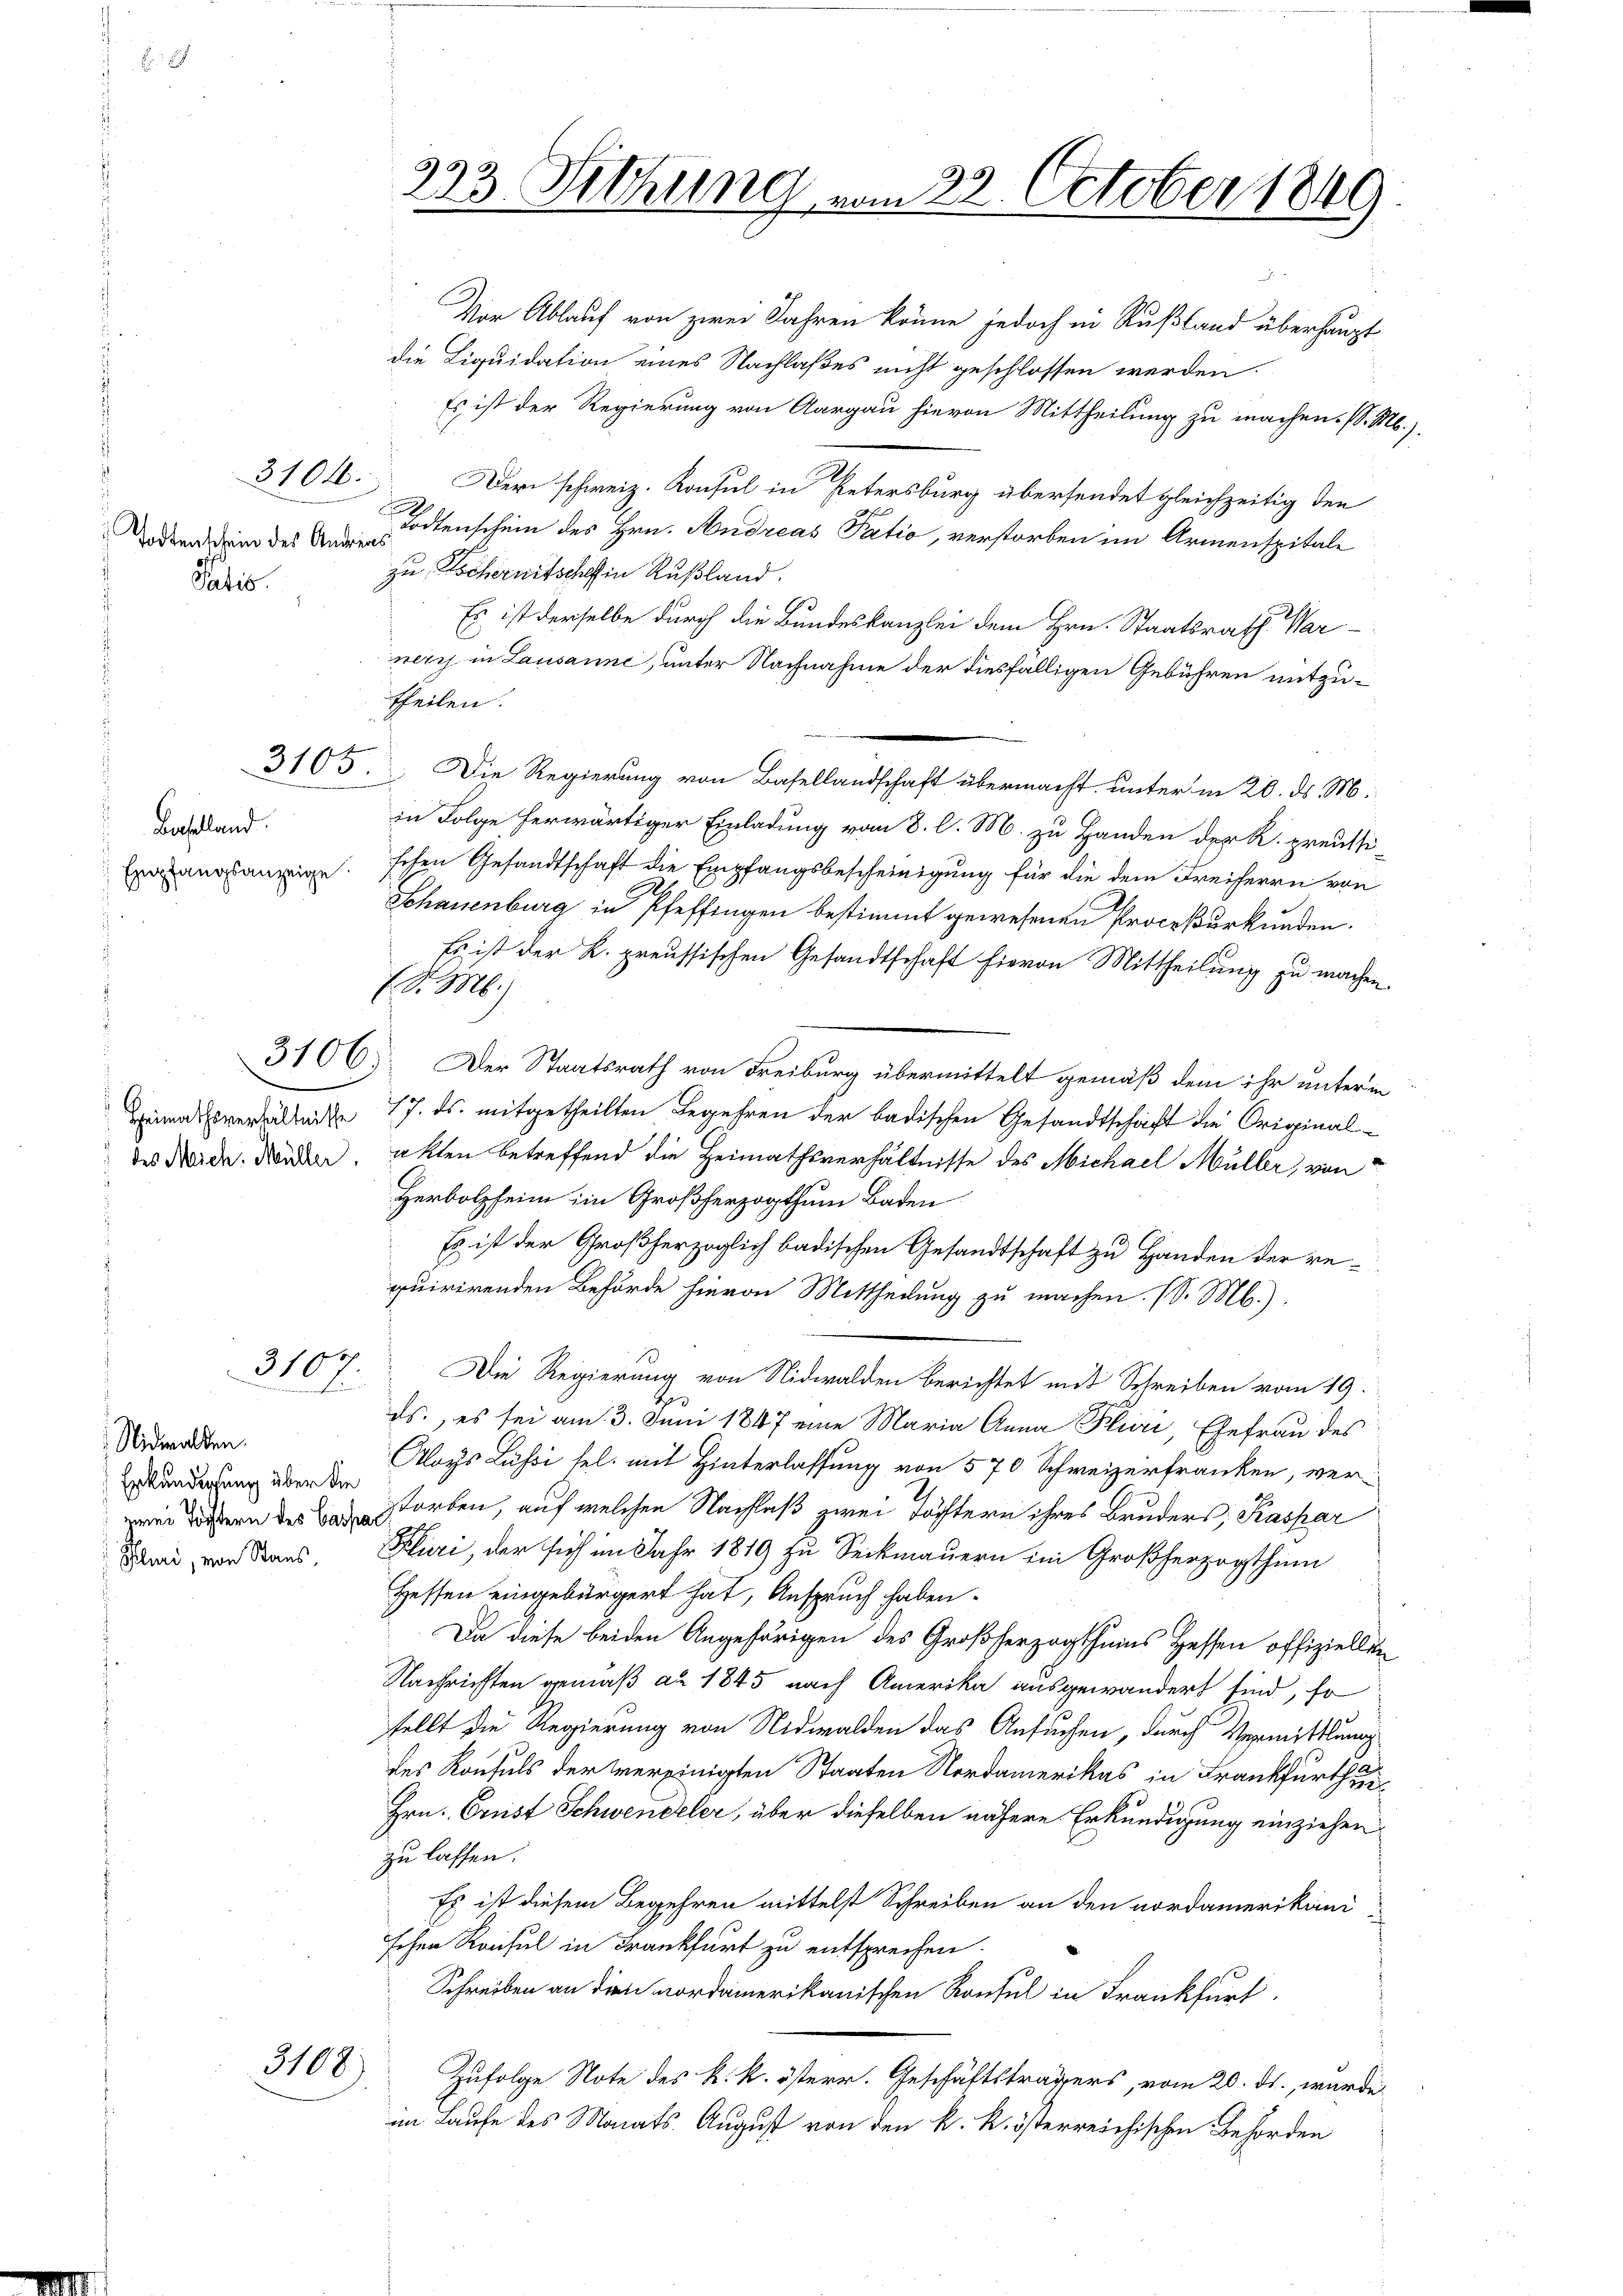
Todtenschein des Andreas
Paris.

Baselland.
Empfangsanzeige:

3104.

3105.

3104
Ein

Nidwalden.
Erkundigung über die
Plini, von Stans.

3108

333. Sitzung vom 22. October 1849

Vor Ablauf von zwei Jahren könne jedoch in Rußland überhaupt
die Liquidation eines Nachlaßes nicht geschlossen werden.
Es ist der Regierung von Aargau hievon Mittheilung zu machen. (S. M.,
Der schweiz. Konsul in Petersburg übersendet gleichzeitig den
Todtenschein des Hrn. Andreas Patio, verstorben im Armenspitale
zu Tschernitschoff Rußland.
Es ist derselbe durch die Bundeskanzlei dem Hrn. Staatsrath Warnery in Lausanne, unter Nachnahme der diesfälligen Gebühren mitzutheilen.
Die Regierung von Basellandschaft übermacht, unter in 20. ds. M.
in Folge herwärtiger Einladung vom 8. l. M. zu Handen der R. preussischen Gesandtschaft die Empfangsbescheinigung für die dem Freiherrn von
Schauenburg in Pfeffingen bestimmt gewesenen Proceßurkunden.
Es ist der K. preussischen Gesandtschaft hievon Mittheilung zu machen.
No. 186
3106) Der Staatsrath von Freiburg übermittelt gemäß dem ihr unterm
Heimals verleite 17. ds. mitgetheilten Begehren der badischen Gesandtschaft die Originaldes Werde. Morden. Akten betreffend die Heimathsverhältnisse des Michael Müller, von
Herbolzheim im Großherzogthum Baden
Es ist der Großherzoglich badischen Gesandtschaft zu Handen der requirirenden Behörde hievon Mittheilung zu machen. (S. M.),
Die Regierung von Nidwalden berichtet mit Schreiben vom 19.
ds., es sei am 3. Juni 1847 eine Maria Anna Pluri, Ehefrau des
Aloys Lussi sel. mit Hinterlassung von 570 Schweizerfranken, verwie dern des Bestorben, auf welchen Nachlaß zwei Töchtern ihres Bruders, Kaspar
Fluri, der sich im Jahr 1849 zu Seckmauern im Großherzogthum
Hessen eingebürgert hat, Anspruch haben.
Da diese beiden Angestörigen des Großherzogthums Hessen offiziellen
Nachrichten gemäß au 1845 nach Amerika ausgewandert sind, so
tellt die Regierung von Nidwalden das Ansuchen, durch Vermittlung
des Konsuls der vereinigten Staaten Nordamerikas in Frankfurthei¬
Hrn. Ernst Schwendeler, über dieselben nähere Erkundigung einziehen
zu lassen.
Es ist diesem Begehren mittelst Schreiben an den nordamerikani
schen Konsul in Frankfurt zu entsprechen.
Schreiben an dien nordamerikanischen Konsul in Frankfurt
Zufolge Note des k. k. österr. Geschäftsträgers, vom 20. ds., wurde
im Laufe des Monats August von den k. k. österreichischen Behörden